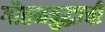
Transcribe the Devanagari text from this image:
गौतमबुद्धाची